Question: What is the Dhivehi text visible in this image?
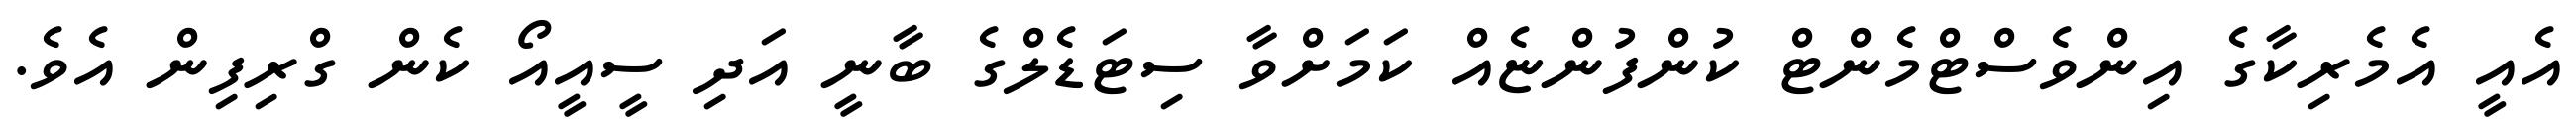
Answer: އެއީ އެމެރިކާގެ އިންވެސްޓްމެންޓް ކުންފުންޏެއް ކަމަށްވާ ސިޓަޑެލްގެ ބާނީ އަދި ސީއީއޯ ކެން ގްރިފިން އެވެ.